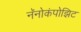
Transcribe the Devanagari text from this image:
नॅनोकंपोझिट